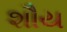
શૌય